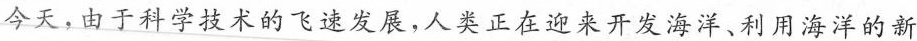
今天，由于科学技术的飞速发展，人类正在迎来开发海洋、利用海洋的新